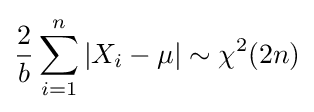
{\frac {\displaystyle 2}{b}}\sum _{i=1}^{n}|X_{i}-\mu |\sim \chi ^{2}(2n)